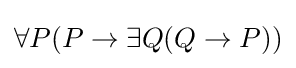
\forall P(P\rightarrow \exists Q(Q\rightarrow P))